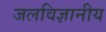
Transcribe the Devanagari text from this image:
जलविज्ञानीय